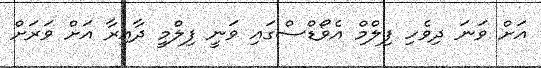
އަށް ވަނަ ދިވެހި ފިލްމް އެވޯޑްސްގައި ވަނީ ފިލްމީ ދާއިރާ އަށް ވަރަށް